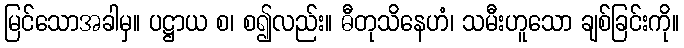
မြင်သောအခါမှ။ ပဋ္ဌာယ စ၊ စ၍လည်း။ ဓီတုသိနေဟံ၊ သမီးဟူသော ချစ်ခြင်းကို။